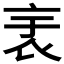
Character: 𧘘